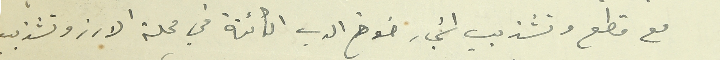
مع قطع وتشذيب اشجار خوخ الدب الكائنة في محلة الارز وتشذيب